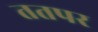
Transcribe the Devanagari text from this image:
ततपर